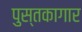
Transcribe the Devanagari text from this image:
पुस्तकागार